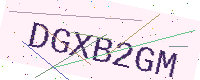
Text: DGXB2GM